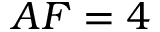
A F = 4